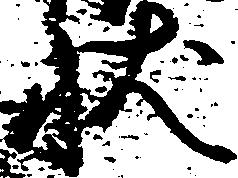
状